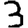
Digit: 3